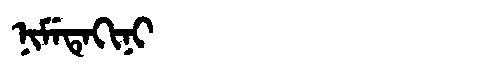
Manchu: ᠨᡳᠮᡝᡨᡝᡴᡳᠨᡳ
Romanization: NIMETEKINI